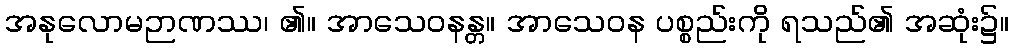
အနုလောမဉာဏဿ၊ ၏။ အာသေဝနန္တ။ အာသေဝန ပစ္စည်းကို ရသည်၏ အဆုံး၌။